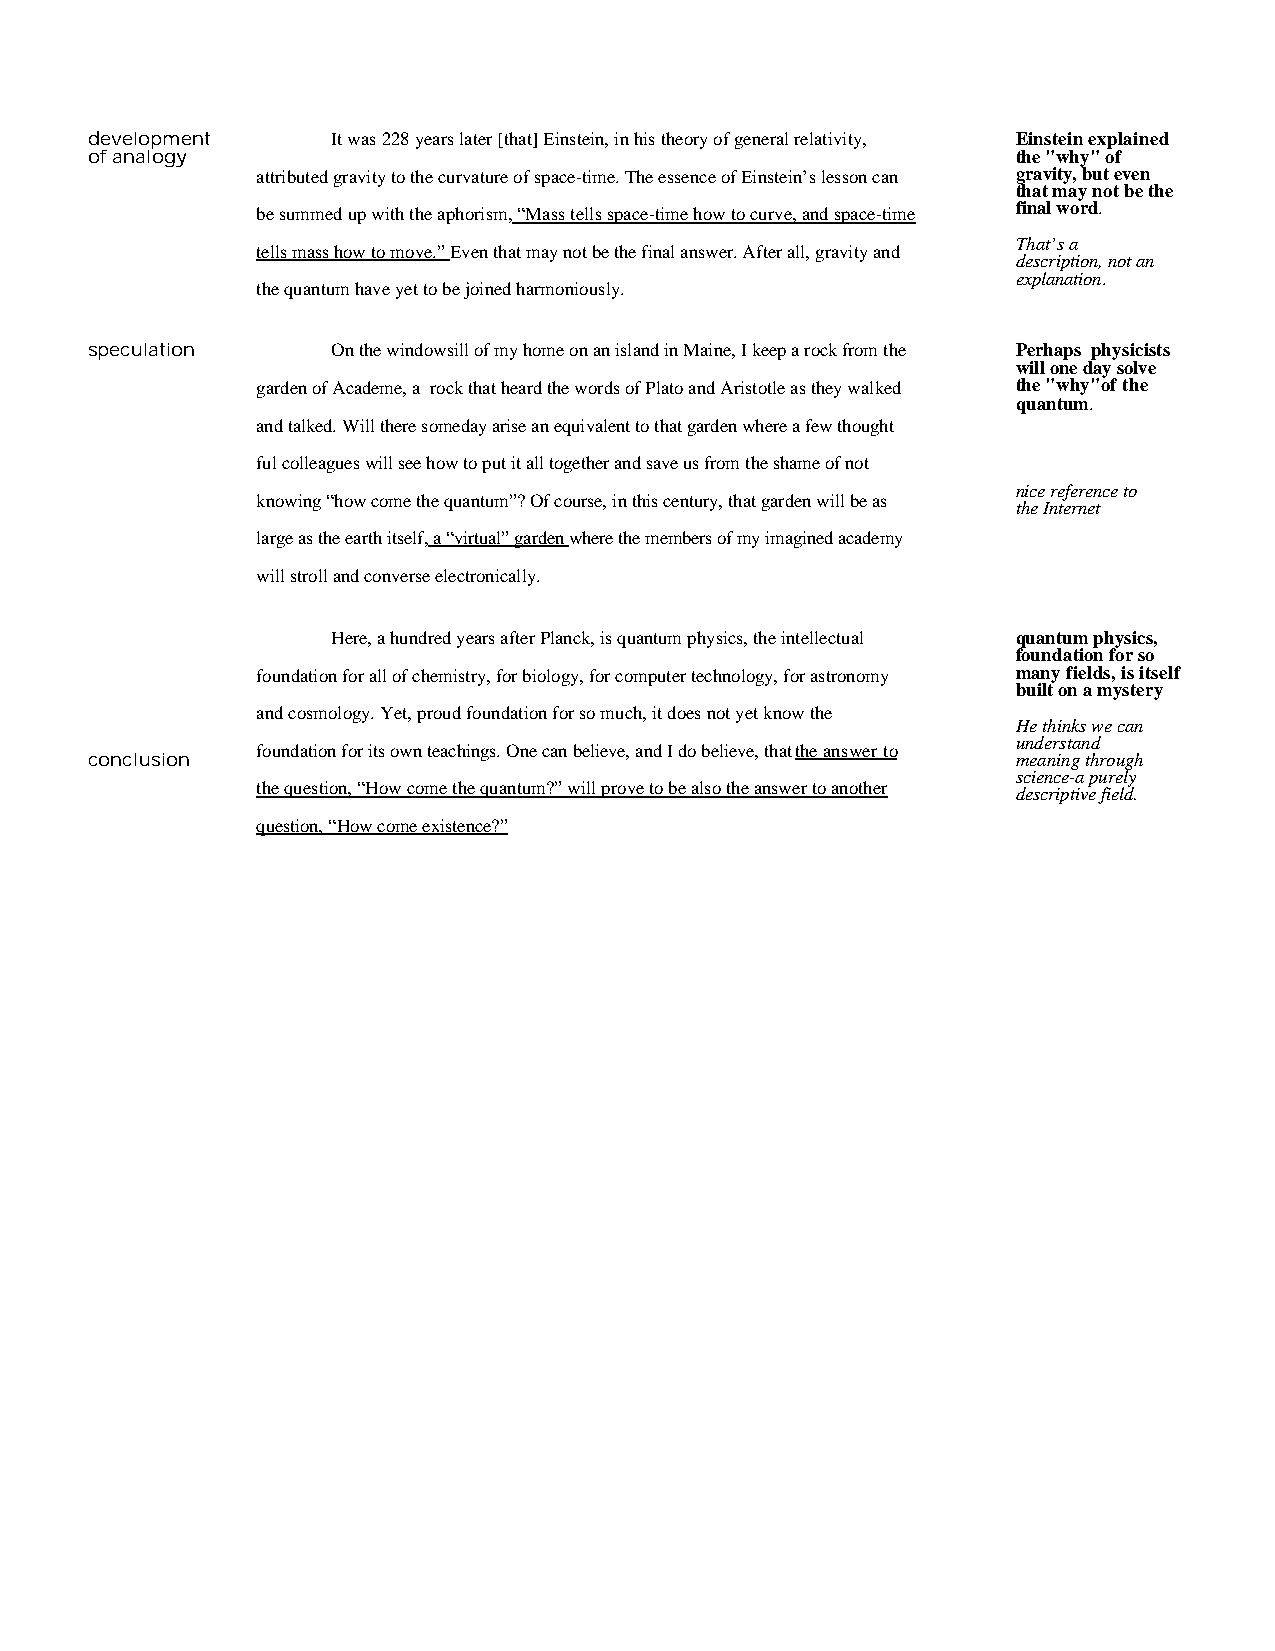
development     It was 228 years later [that] Einstein, in his theory of general relativity, Einstein explained
 of analogy                                                   the "why" of
 attributed gravity to the curvature of space-time. The essence of Einstein’s lesson can gravity, but even
 that may not be the
 be summed up with the aphorism, “Mass tells space-time how to curve, and space-time final word.
 That’s a
 tells mass how to move.” Even that may not be the final answer. After all, gravity and
 description, not an
 explanation.
 the quantum have yet to be joined harmoniously.
 speculation     On the windowsill of my home on an island in Maine, I keep a rock from the Perhaps physicists
 will one day solve
 garden of Academe, a rock that heard the words of Plato and Aristotle as they walked the "why"of the
 quantum.
 and talked. Will there someday arise an equivalent to that garden where a few thought
 ful colleagues will see how to put it all together and save us from the shame of not
 nice reference to
 knowing “how come the quantum”? Of course, in this century, that garden will be as
 the Internet
 large as the earth itself, a “virtual” garden where the members of my imagined academy
 will stroll and converse electronically.
 Here, a hundred years after Planck, is quantum physics, the intellectual quantum physics,
 foundation for so
 foundation for all of chemistry, for biology, for computer technology, for astronomy many fields, is itself
 built on a mystery
 and cosmology. Yet, proud foundation for so much, it does not yet know the
 He thinks we can
 understand
 foundation for its own teachings. One can believe, and I do believe, that the answer to
 conclusion                                                   meaning through
 science-a purely
 the question, “How come the quantum?” will prove to be also the answer to another descriptive field.
 question, “How come existence?”